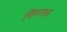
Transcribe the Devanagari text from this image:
निगमचा